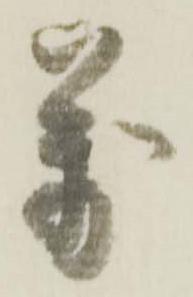
萬